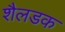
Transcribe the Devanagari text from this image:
शैलडक